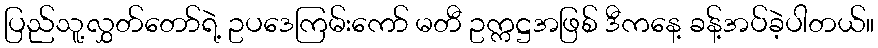
ပြည်သူ့လွှတ်တော်ရဲ့ ဥပဒေကြမ်းကော် မတီ ဥက္ကဋ္ဌအဖြစ် ဒီကနေ့ ခန့်အပ်ခဲ့ပါတယ်။